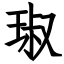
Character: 琡